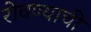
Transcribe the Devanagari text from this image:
रोवण्याची